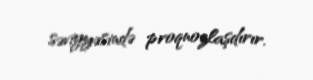
səviyyəsində proqnozlaşdırır.